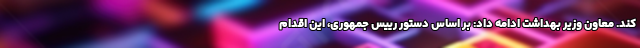
کند. معاون وزیر بهداشت ادامه داد: بر اساس دستور رییس جمهوری، این اقدام